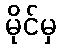
မိုင်မှ